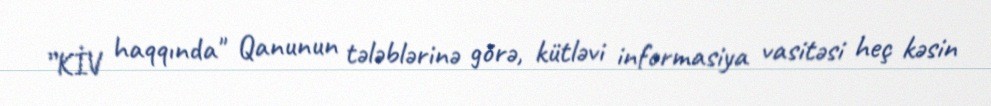
”KİV haqqında" Qanunun tələblərinə görə, kütləvi informasiya vasitəsi heç kəsin